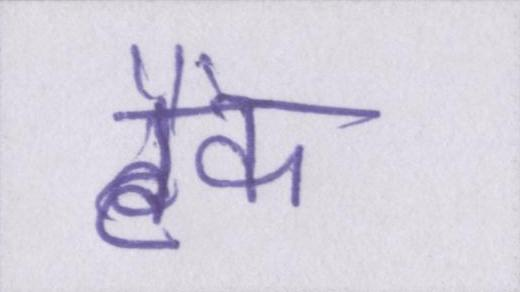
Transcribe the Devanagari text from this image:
टैंक